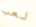
لعب